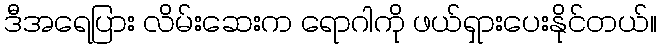
ဒီအရေပြား လိမ်းဆေးက ရောဂါကို ဖယ်ရှားပေးနိုင်တယ်။